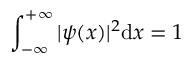
\int _ { - \infty } ^ { + \infty } | \psi ( x ) | ^ { 2 } \mathrm { d } x = 1